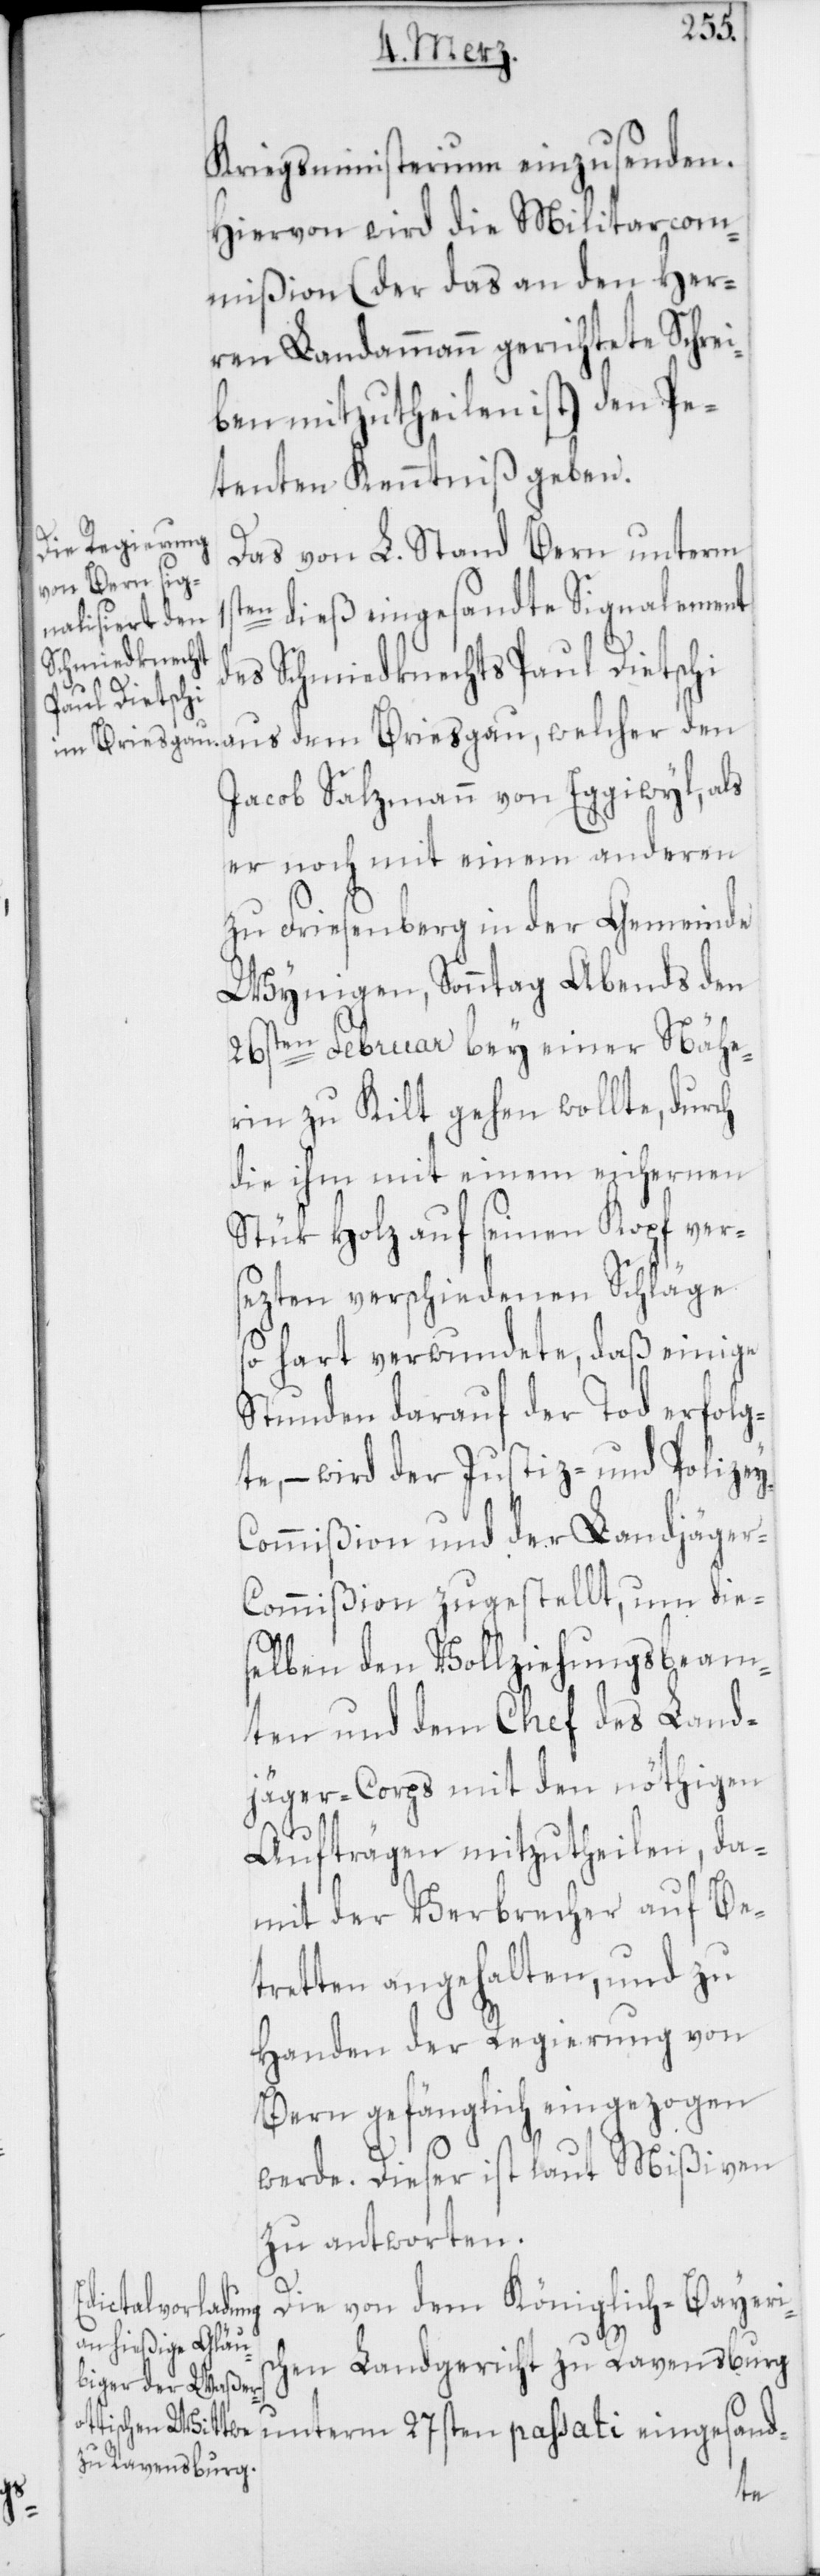
1st¬

y-C¬
Kriegsministerium einzusenden.
Hievon wird die Militarcom¬
mißion (der das an den Her¬
ren Landammann gerichtete Schrei¬
ben mitzutheilen ist) den Pe¬
tenten Kenntniß geben.
Das von L. Stand Bern unterm
en dieß eingesandte Signalement
des Schmiedknechts Paul Dietschi
aus dem Breisgau, welcher den
Jacob Salzmann von Eggiwyl, als
er noch mit einem anderen
zu Friesenberg in der Gemeinde
Wynigen, Sonntag Abends den
26sten Februar bey einer Nähe¬
rin zu Kilt gehen wollte, durch
die ihm mit einem eichernen
Stük Holz auf seinen Kopf ver¬
sezten verschiedenen Schläge
so hart verwundete, daß einige
Stunden darauf der Tod erfolg¬
te, – wird der Justiz- und Polize¬
ommißion und der Landjäger-C¬
ommißion zugestellt, um die¬
selben den Vollziehungs-Beam¬
ten und dem Chef des Land¬
jäger-Corps mit den nöthigen
Aufträgen mitzutheilen, da¬
mit der Verbrecher auf Be¬
tretten angehalten, und zu
Handen der Regierung von
Bern gefänglich eingezogen
werde. Dieser ist laut Mißiven
zu antworten.
Die von dem Königlich-Bayeri¬
schen Landgericht zu Ravensburg
unterm 27sten passati eingesand-